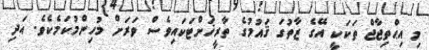
މި އިޙްތިޖާޖް ތަކަކީ އޭގެ ޒާތުގަ ޤައުމުގެ ތާރީޚަށްޓަކައިވެސް ވަރަށް މުހިންމުކަމެކެވެ. އަދި